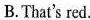
B.That's red.